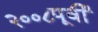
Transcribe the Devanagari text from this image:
२००८पूर्वी